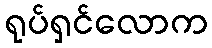
ရုပ်ရှင်လောက